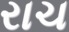
રાચ